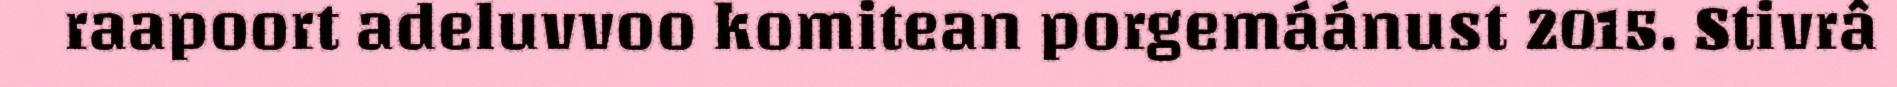
raapoort adeluvvoo komitean porgemáánust 2015. Stivrâ